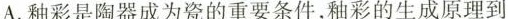
A.釉彩是陶器成为瓷的重要条件,釉彩的生成原理到